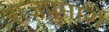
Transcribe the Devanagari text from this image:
राजपुमारों